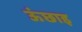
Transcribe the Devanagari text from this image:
ऊंछाइ